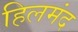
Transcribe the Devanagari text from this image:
हिलमंद